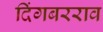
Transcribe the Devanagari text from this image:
दिंगबरराव